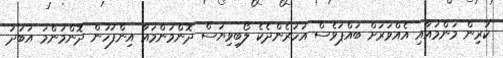
ކުރިން މަންމައާއި އެއްވަރަށް ބައްޕަވެސް އަހަރެންދެކެ ލޯބިވިޔަސް ދޮންމަންމައާ އިންފަހުން ދޮންމަންމަ އަބަދު